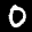
Label: 0